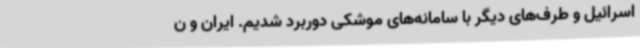
اسرائیل و طرف‌های دیگر با سامانه‌های موشکی دوربرد شدیم. ایران و ن